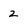
Character: 2